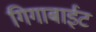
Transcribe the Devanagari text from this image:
गिगाबाईट